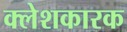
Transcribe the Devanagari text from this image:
क्लेशकारक